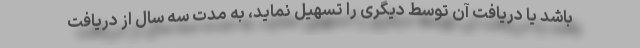
باشد یا دریافت آن توسط دیگری را تسهیل نماید، به مدت سه سال از دریافت